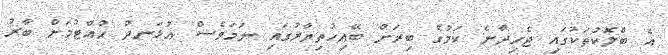
އެ ބްލޮކުތަކުގައި ޖެހިދާނެ ކަމުގެ ބިރަށް ބޭއިހުތިޔާރުގައި ނަމަވެސް އުޅަނދު ހުއްޓުމަށް ބާރު